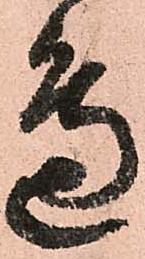
邊